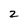
Character: 2